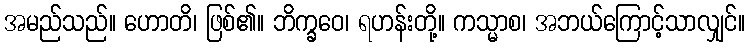
အမည်သည်။ ဟောတိ၊ ဖြစ်၏။ ဘိက္ခဝေ၊ ရဟန်းတို့။ ကသ္မာစ၊ အဘယ်ကြောင့်သာလျှင်။